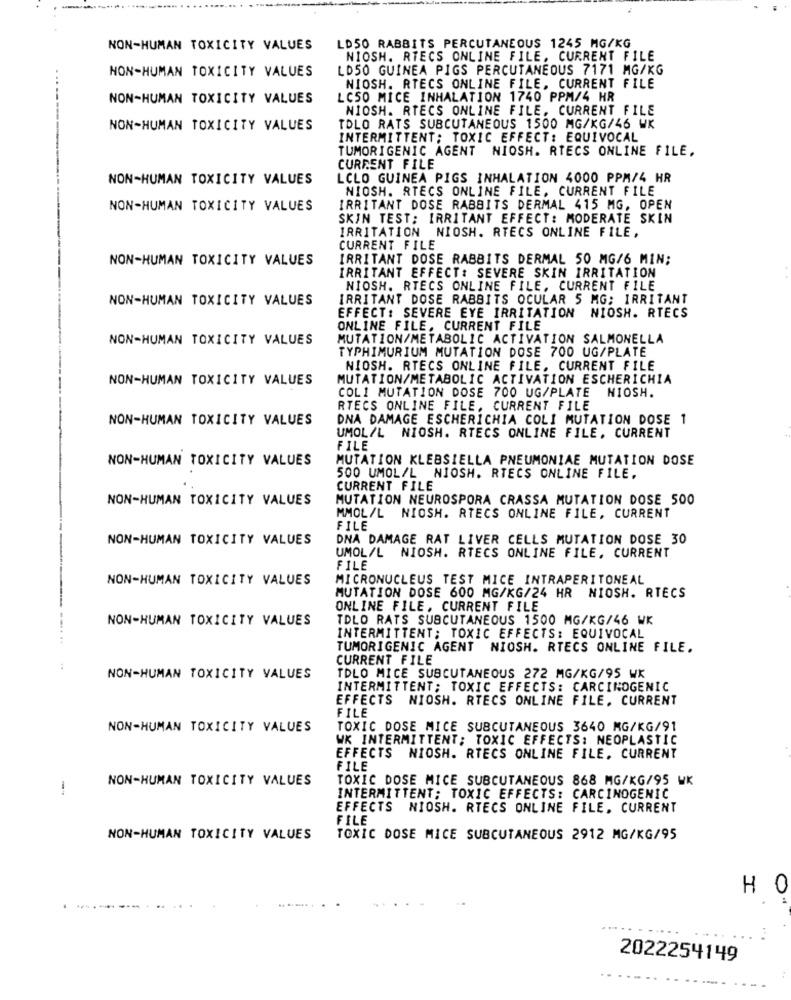
NON-HUMAN TOXICITY VALUES
LD50 RABBITS PERCUTANEOUS 1245 MG/KG
NIOSH. RTECS ONLINE FILE, CURRENT FILE
NON-HUMAN TOXICITY VALUES
LD50 GUINEA PIGS PERCUTANEOUS 7171 MG/KG
NIOSH. RTECS ONLINE FILE, CURRENT FILE
NON-HUMAN TOXICITY VALUES
LC50 MICE INHALATION 1740 PPM/4 HR
NIOSH. RTECS ONLINE FILE, CURRENT FILE
NON-HUMAN TOXICITY VALUES
TOLO RATS SUBCUTANEOUS 1500 MG/KG/46 WK
INTERMITTENT; TOXIC EFFECT: EQUIVOCAL
TUMORIGENIC AGENT NIOSH. RTECS ONLINE FILE.
CURRENT FILE
NON-HUMAN TOXICITY VALUES
LCLO GUINEA PIGS INHALATION 4000 PPM/4 HR
NIOSH. RTECS ONLINE FILE, CURRENT FILE
NON-HUMAN TOXICITY VALUES
IRRITANT DOSE RABBITS DERMAL 415 MG, OPEN
SKIN TEST; IRRITANT EFFECT: MODERATE SKIN
IRRITATION NIOSH. RTECS ONLINE FILE,
CURRENT FILE
NON-HUMAN TOXICITY VALUES
IRRITANT DOSE RABBITS DERMAL 50 MG/6 MIN;
IRRITANT EFFECT: SEVERE SKIN IRRITATION
NIOSH. RTECS ONLINE FILE, CURRENT FILE
NON-HUMAN TOXICITY VALUES
IRRITANT DOSE RABBITS OCULAR 5 MG: IRRITANT
EFFECT: SEVERE EYE IRRITATION NIOSH. RTECS
ONLINE FILE, CURRENT FILE
NON-HUMAN TOXICITY VALUES
MUTATION/METABOLIC ACTIVATION SALMONELLA
TYPHIMURIUM MUTATION DOSE 700 UG/PLATE
NIOSH. RTECS ONLINE FILE. CURRENT FILE
NON-HUMAN TOXICITY VALUES
MUTATION/METABOLIC ACTIVATION ESCHERICHIA
COLI MUTATION DOSE 700 UG/PLATE
NIOSH.
RTECS ONLINE FILE, CURRENT FILE
NON-HUMAN TOXICITY VALUES
DNA DAMAGE ESCHERICHIA COLI MUTATION DOSE 1
UMOL/L NIOSH. RTECS ONLINE FILE, CURRENT
FILE
NON-HUMAN TOXICITY VALUES
MUTATION KLEBSIELLA PNEUMONIAE MUTATION DOSE
500 UMOL/L NIOSH. RTECS ONLINE FILE.
CURRENT FILE
NON-HUMAN TOXICITY VALUES
MUTATION NEUROSPORA CRASSA MUTATION DOSE 500
MMOL/L NIOSH. RTECS ONLINE FILE, CURRENT
FILE
NON-HUMAN TOXICITY VALUES
DNA DAMAGE RAT LIVER CELLS MUTATION DOSE 30
UMOL/L NIOSH. RTECS ONLINE FILE, CURRENT
FILE
NON-HUMAN TOXICITY VALUES
MICRONUCLEUS TEST MICE INTRAPERITONEAL
MUTATION DOSE 600 MG/KG/24 HR NIOSH. RTECS
ONLINE FILE, CURRENT FILE
NON-HUMAN TOXICITY VALUES
TDLO RATS SUBCUTANEOUS 1500 MG/KG/46 WK
INTERMITTENT; TOXIC EFFECTS: EQUIVOCAL
TUMORIGENIC AGENT NIOSH. RTECS ONLINE FILE.
CURRENT FILE
NON-HUMAN TOXICITY VALUES
TDLO MICE SUBCUTANEOUS 272 MG/KG/95 WK
INTERMITTENT; TOXIC EFFECTS: CARCINOGENIC
EFFECTS NIOSH. RTECS ONLINE FILE. CURRENT
FILE
NON-HUMAN TOXICITY VALUES
TOXIC DOSE MICE SUBCUTANEOUS 3640 MG/KG/91
WK INTERMITTENT; TOXIC EFFECTS: NEOPLASTIC
EFFECTS NIOSH. RTECS ONLINE FILE. CURRENT
FILE
NON-HUMAN TOXICITY VALUES
TOXIC DOSE MICE SUBCUTANEOUS 868 MG/KG/95 WK
INTERMITTENT; TOXIC EFFECTS: CARCINOGENIC
EFFECTS NIOSH. RTECS ONLINE FILE, CURRENT
FILE
NON-HUMAN TOXICITY VALUES
TOXIC DOSE MICE SUBCUTANEOUS 2912 MG/KG/95
HO
2022254149